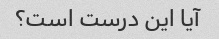
آیا این درست است؟